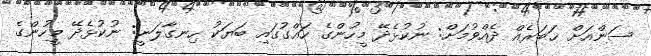
ސަންއަށް ޚަބަރެއް ދެއްވުމަށް: ނުކުޅެދޭ މީހުންގެ ހައްގުގައި ބަޔަކު ހިނގާލަނީ: ނުކުޅެދޭ މީހުންގެ